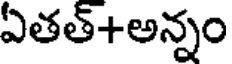
ఏతత్+అన్నం